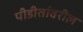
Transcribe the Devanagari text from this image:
पीडीतांवरील